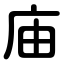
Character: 庙